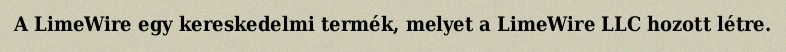
A LimeWire egy kereskedelmi termék, melyet a LimeWire LLC hozott létre.